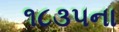
૧૮૩૫ના